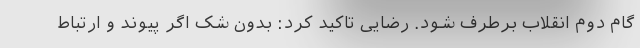
گام دوم انقلاب برطرف شود. رضایی تاکید کرد: بدون شک اگر پیوند و ارتباط